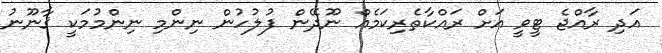
އަދި ރާއްޖެ ޓީވީ އަށް ރައްކާތެރިކަމެއް ނޫދޭން ފުލުހުން ނިންމި ނިންމުމަކީ ޤާނޫނު